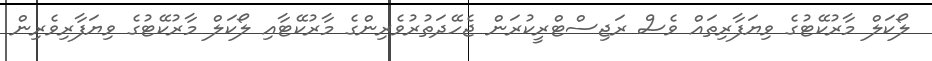
ލޯކަލް މާރުކޭޓުގެ ވިޔަފާރިތައް ވެސް ރަޖިސްޓްރީކުރަން ޖެހޭދަތުރުވެރިންގެ މާރުކޭޓާއި ލޯކަލް މާރުކޭޓުގެ ވިޔަފާރިވެރިން